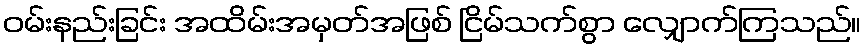
ဝမ်းနည်းခြင်း အထိမ်းအမှတ်အဖြစ် ငြိမ်သက်စွာ လျှောက်ကြသည်။